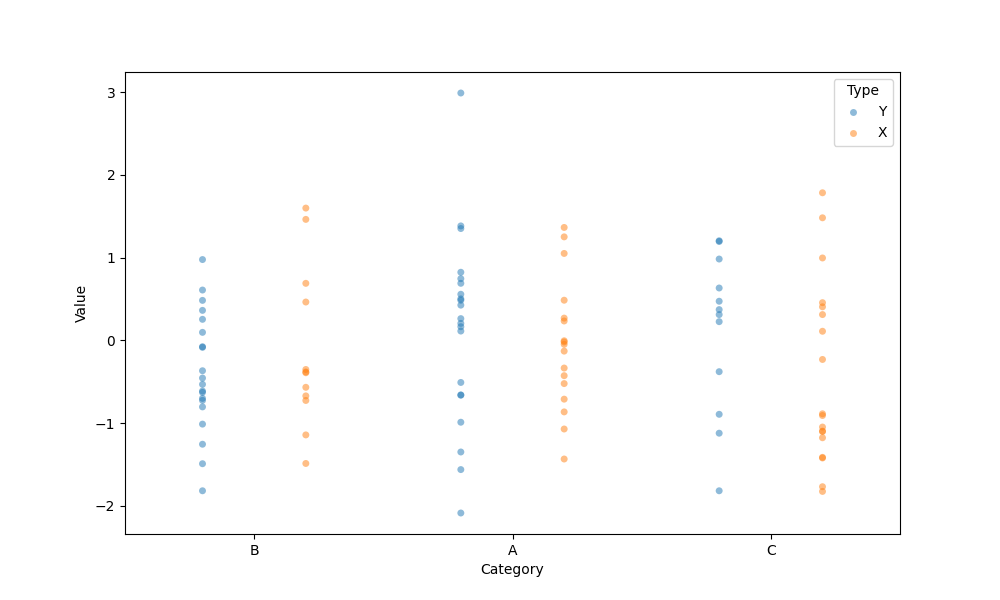
python, seaborn, stripplot, jitter=False, dodge=True, alpha=0.5, size=5